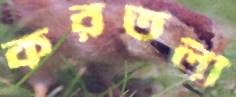
করতলী